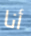
أنا